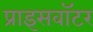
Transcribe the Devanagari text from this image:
प्राइसवॉटर